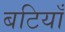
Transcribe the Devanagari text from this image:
बटियाँ